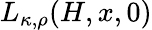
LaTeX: L_{\kappa,\rho}(H,x,0)